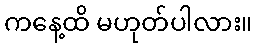
ကနေ့ထိ မဟုတ်ပါလား။